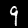
Digit: 9